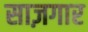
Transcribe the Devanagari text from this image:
साज़गार